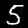
Digit: 5